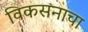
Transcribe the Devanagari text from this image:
विकसनाचा